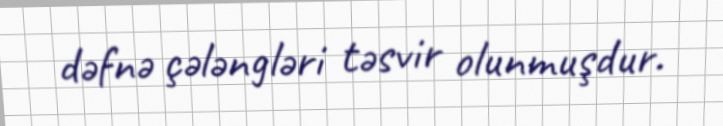
dəfnə çələngləri təsvir olunmuşdur.